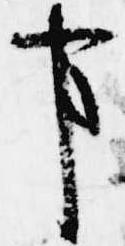
事